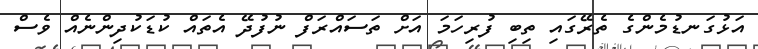
އަޅުގަނޑުމެންގެ ތެރޭގައި ތިބި ފުރިހަމަ އަށް ތަސައްރަފް ނުފުދޭ އެތައް ކުޑަކުދިންނެއް ވެސް